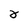
Character: 2